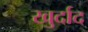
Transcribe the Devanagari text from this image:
खुर्दाद